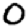
Digit: 0